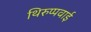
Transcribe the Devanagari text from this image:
थिरुप्पवाई